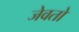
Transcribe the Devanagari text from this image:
जेवतो